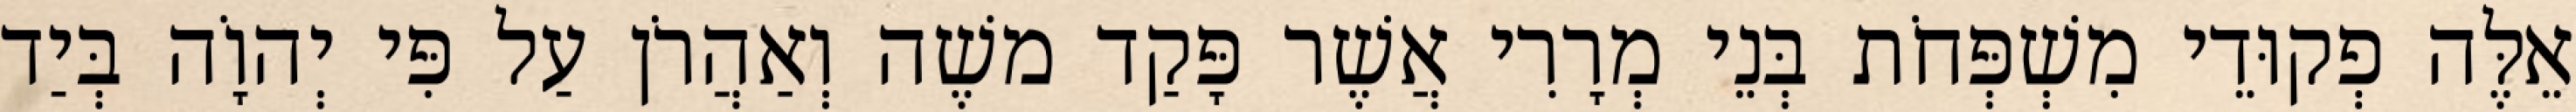
אֵלֶּה פְקוּדֵי מִשְׁפְּחֹת בְּנֵי מְרָרִי אֲשֶׁר פָּקַד משֶׁה וְאַהֲרֹן עַל פִּי יְהוָֹה בְּיַד